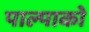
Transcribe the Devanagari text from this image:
पाल्पाको